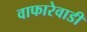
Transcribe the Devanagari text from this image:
वाफारेवाडी